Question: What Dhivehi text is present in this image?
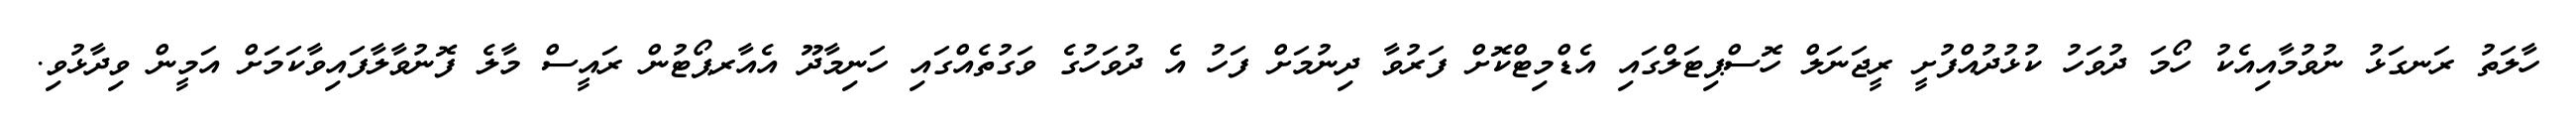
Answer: ހާލަތު ރަނގަޅު ނުވުމާއިއެކު ހޯމަ ދުވަހު ކުޅުދުއްފުށީ ރީޖަނަލް ހޮސްޕިޓަލްގައި އެޑްމިޓްކޮށް ފަރުވާ ދިނުމަށް ފަހު އެ ދުވަހުގެ ވަގުތެއްގައި ހަނިމާދޫ އެއާރޕޯޓުން ރައީސް މާލެ ފޮނުވާލާފައިވާކަމަށް އަމީން ވިދާޅުވި.